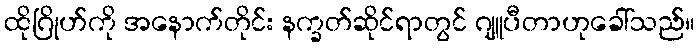
ထိုဂြိုဟ်ကို အနောက်တိုင်း နက္ခတ်ဆိုင်ရာတွင် ဂျူပီတာဟုခေါ်သည်။